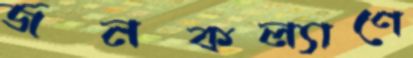
জনকল্যাণে